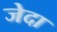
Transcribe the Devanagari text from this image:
जेदा